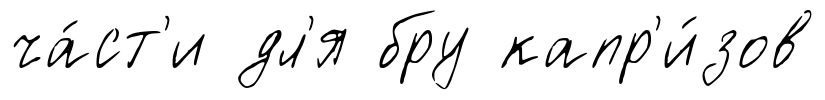
ча́ст'и дл'я бру капр'и́зов